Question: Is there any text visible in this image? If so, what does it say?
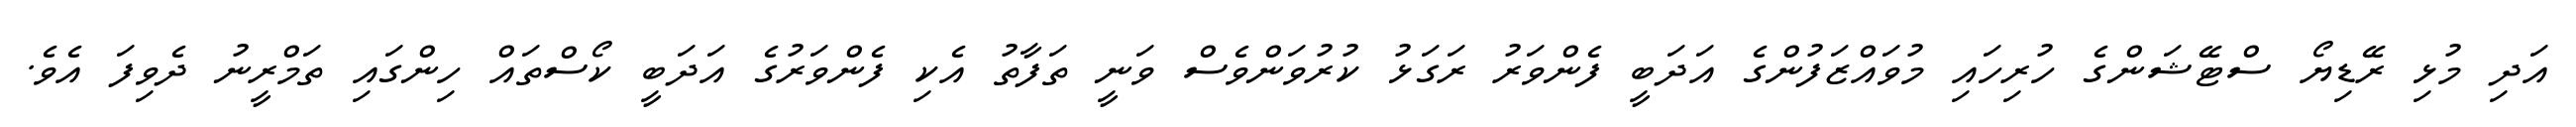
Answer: އަދި މުޅި ރޭޑިޔޯ ސްޓޭޝަންގެ ހުރިހައި މުވައްޒަފުންގެ އަދަބީ ފެންވަރު ރަގަޅު ކުރުވަންވެސް ވަނީ ތަފާތު އެކި ފެންވަރުގެ އަދަބީ ކޯސްތައް ހިންގައި ތަމްރީނު ދެވިފަ އެވެ.